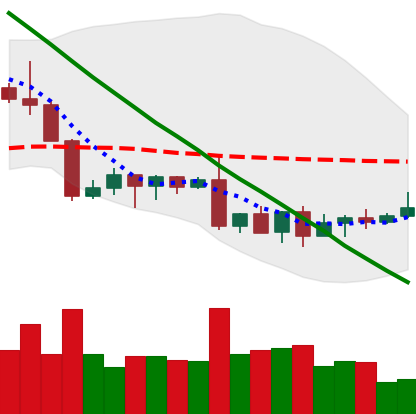
Ticker: XLM-USD
Chart end date: 2022-09-04
Forward return: 7.524%
Label: up_7plus